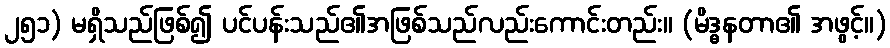
၂၅၁) မရှိသည်ဖြစ်၍ ပင်ပန်းသည်၏အဖြစ်သည်လည်းကောင်းတည်း။ (မိဒ္ဓနတာ၏ အဖွင့်။)